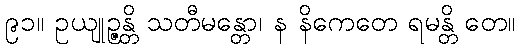
၉၁။ ဥယျုဉ္ဇန္တိ သတီမန္တော၊ န နိကေတေ ရမန္တိ တေ။